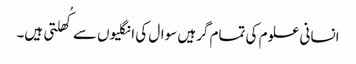
انسانی علوم کی تمام گرہیں سوال کی انگلیوں سے کُھلتی ہیں۔